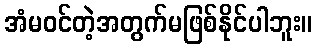
အံမဝင်တဲ့အတွက်မဖြစ်နိုင်ပါဘူး။